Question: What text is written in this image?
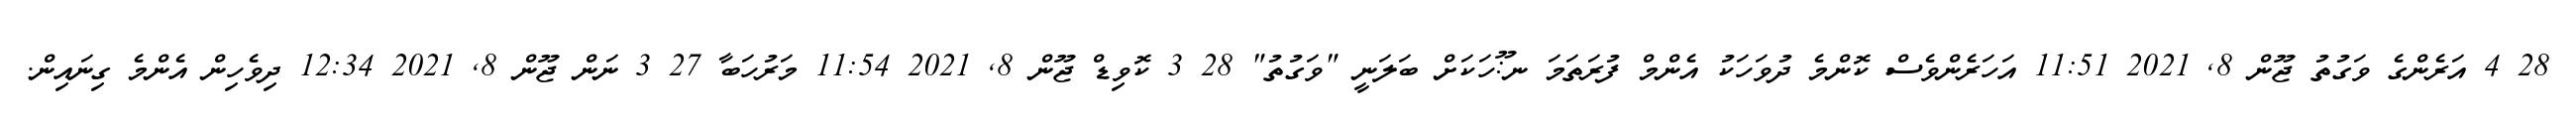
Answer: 28 4 އަރެންގެ ވަގުތު ޖޫން 8, 2021 11:51 އަހަރެންވެސް ކޮންމެ ދުވަހަކު އެންމް ފުރަތަމަ ނ:ޫހަކަށް ބަލަނީ "ވަގުތު" 28 3 ކޮވިޑް ޖޫން 8, 2021 11:54 މަރުހަބާ 27 3 ނަން ޖޫން 8, 2021 12:34 ދިވެހިން އެންމެ ގިނައިން.